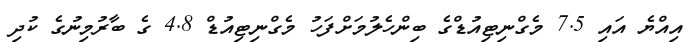
އިއްޔެ އައި 7.5 މެގްނިޓިއުޑްގެ ބިންހެލުމަށްފަހު މެގްނިޓިއުޑް 4.8 ގެ ބާރުމިނުގެ ކުދި